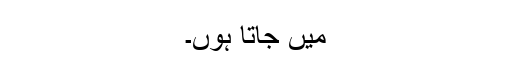
میں جاتا ہوں۔